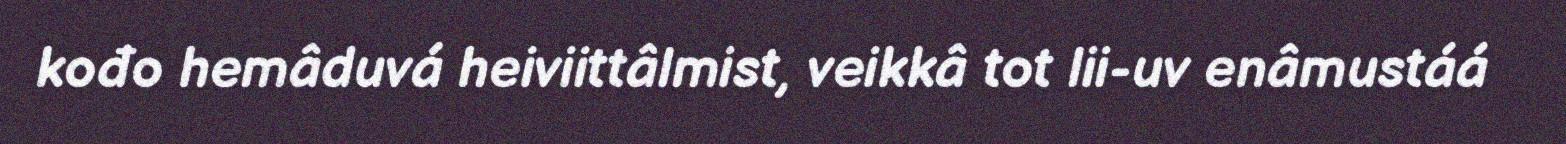
kođo hemâduvá heiviittâlmist, veikkâ tot lii-uv enâmustáá